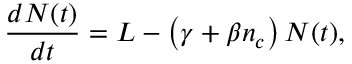
\frac { d N ( t ) } { d t } = L - \left( \gamma + \beta n _ { c } \right) N ( t ) ,